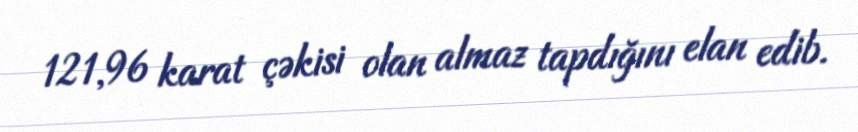
121,96 karat çəkisi olan almaz tapdığını elan edib.